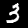
Digit: 3